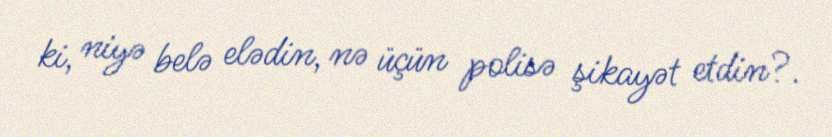
ki, niyə belə elədin, nə üçün polisə şikayət etdin?.